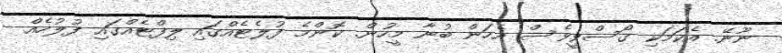
ނޫނޭ. އެކަމަކި ގޯސްވީވެސް އެހަން ބުނާ މީހުން. ކޮންމެ ފުލެޓެއްގައި ލިފްޓެއްގައި ފުލުހެއް